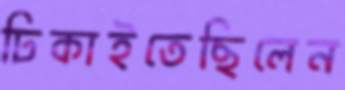
ঢিকাইতেছিলেন